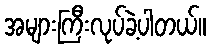
အများကြီးလုပ်ခဲ့ပါတယ်။